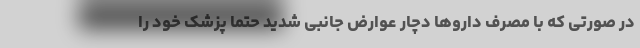
در صورتی که با مصرف داروها دچار عوارض جانبی شدید حتما پزشک خود را